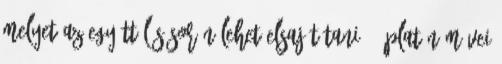
melyet az együttélés során lehet elsajátítani 69 Platón Művei